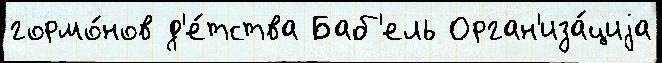
гормо́нов д'е́тства Баб'ель Орган'иза́циjа